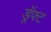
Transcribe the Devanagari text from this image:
ड्रॅफ्ट